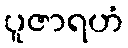
ပူဇာရဟံ